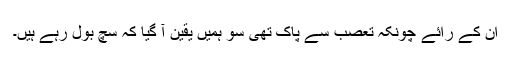
ان کے رائے چونکہ تعصب سے پاک تھی سو ہمیں یقین آ گیا کہ سچ بول رہے ہیں۔